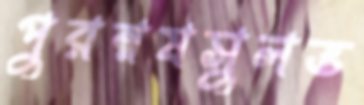
পুরম্নষসুলভ